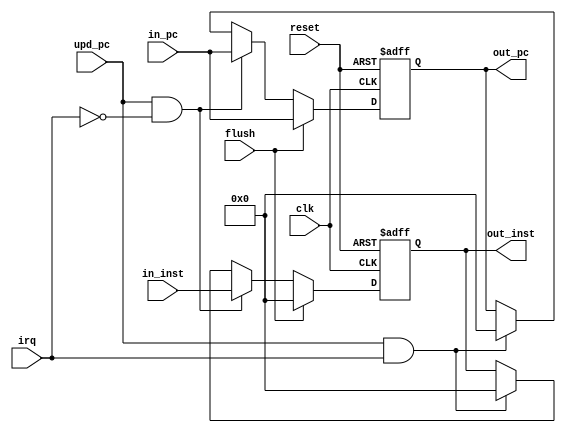
`timescale 1ns / 1ps

module IF2ID(reset, clk, flush, irq,
    in_inst, in_pc,
    out_inst, out_pc,
    upd_pc
    );
    
    input reset, clk, flush, irq;
    input [31:0] in_inst;
    input [31:0] in_pc;
    input upd_pc;
    
    output[31:0] out_inst;
    output[31:0] out_pc;
    
    reg [31:0] out_inst;
    reg [31:0] out_pc;
    
    always @(posedge clk or negedge reset)
    begin
        if(~reset)
        begin
            out_pc <= 32'h80000000;
            out_inst <= 32'h0;
        end
        else if(flush)
        begin
            //out_pc <= 32'h0;
            out_pc <= in_pc;
            out_inst <= 32'h0;
        end
        else if(upd_pc && irq == 0)
        begin
            out_pc <= in_pc;
            out_inst <= in_inst;
        end
        else if(upd_pc && irq != 0)
        begin
            out_pc <= 32'h0;
            out_inst <= 32'h0;
        end
    end
endmodule